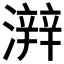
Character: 𤀫